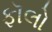
ફૉલો